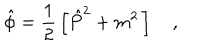
\hat { \phi } = \frac { 1 } { 2 } \, \left[ \hat { P } ^ { 2 } + m ^ { 2 } \, \right] ,